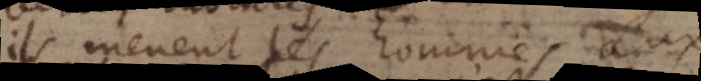
ils meuent les hommes aux